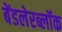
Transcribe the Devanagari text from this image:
बेंडलेरब्लॉक